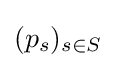
(p_{s})_{s\in S}